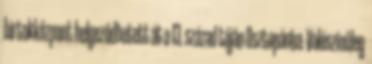
birtokközpont helyeződhetett át a 13. század táján Osztopánba. Valószínűleg